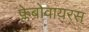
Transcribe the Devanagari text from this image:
फ्लेबोवायरस